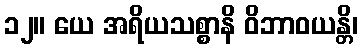
၁၂။ ယေ အရိယသစ္စာနိ ဝိဘာဝယန္တိ၊